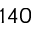
1 4 0